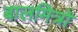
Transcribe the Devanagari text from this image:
बालमित्रो